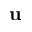
\mathbf { u }